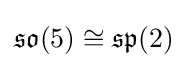
{\mathfrak {so}}(5)\cong {\mathfrak {sp}}(2)